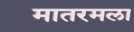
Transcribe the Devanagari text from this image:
मातरमला